65_HS1-834228961_62-HQ-83894_Section_6
Agency: FBI
Page 62
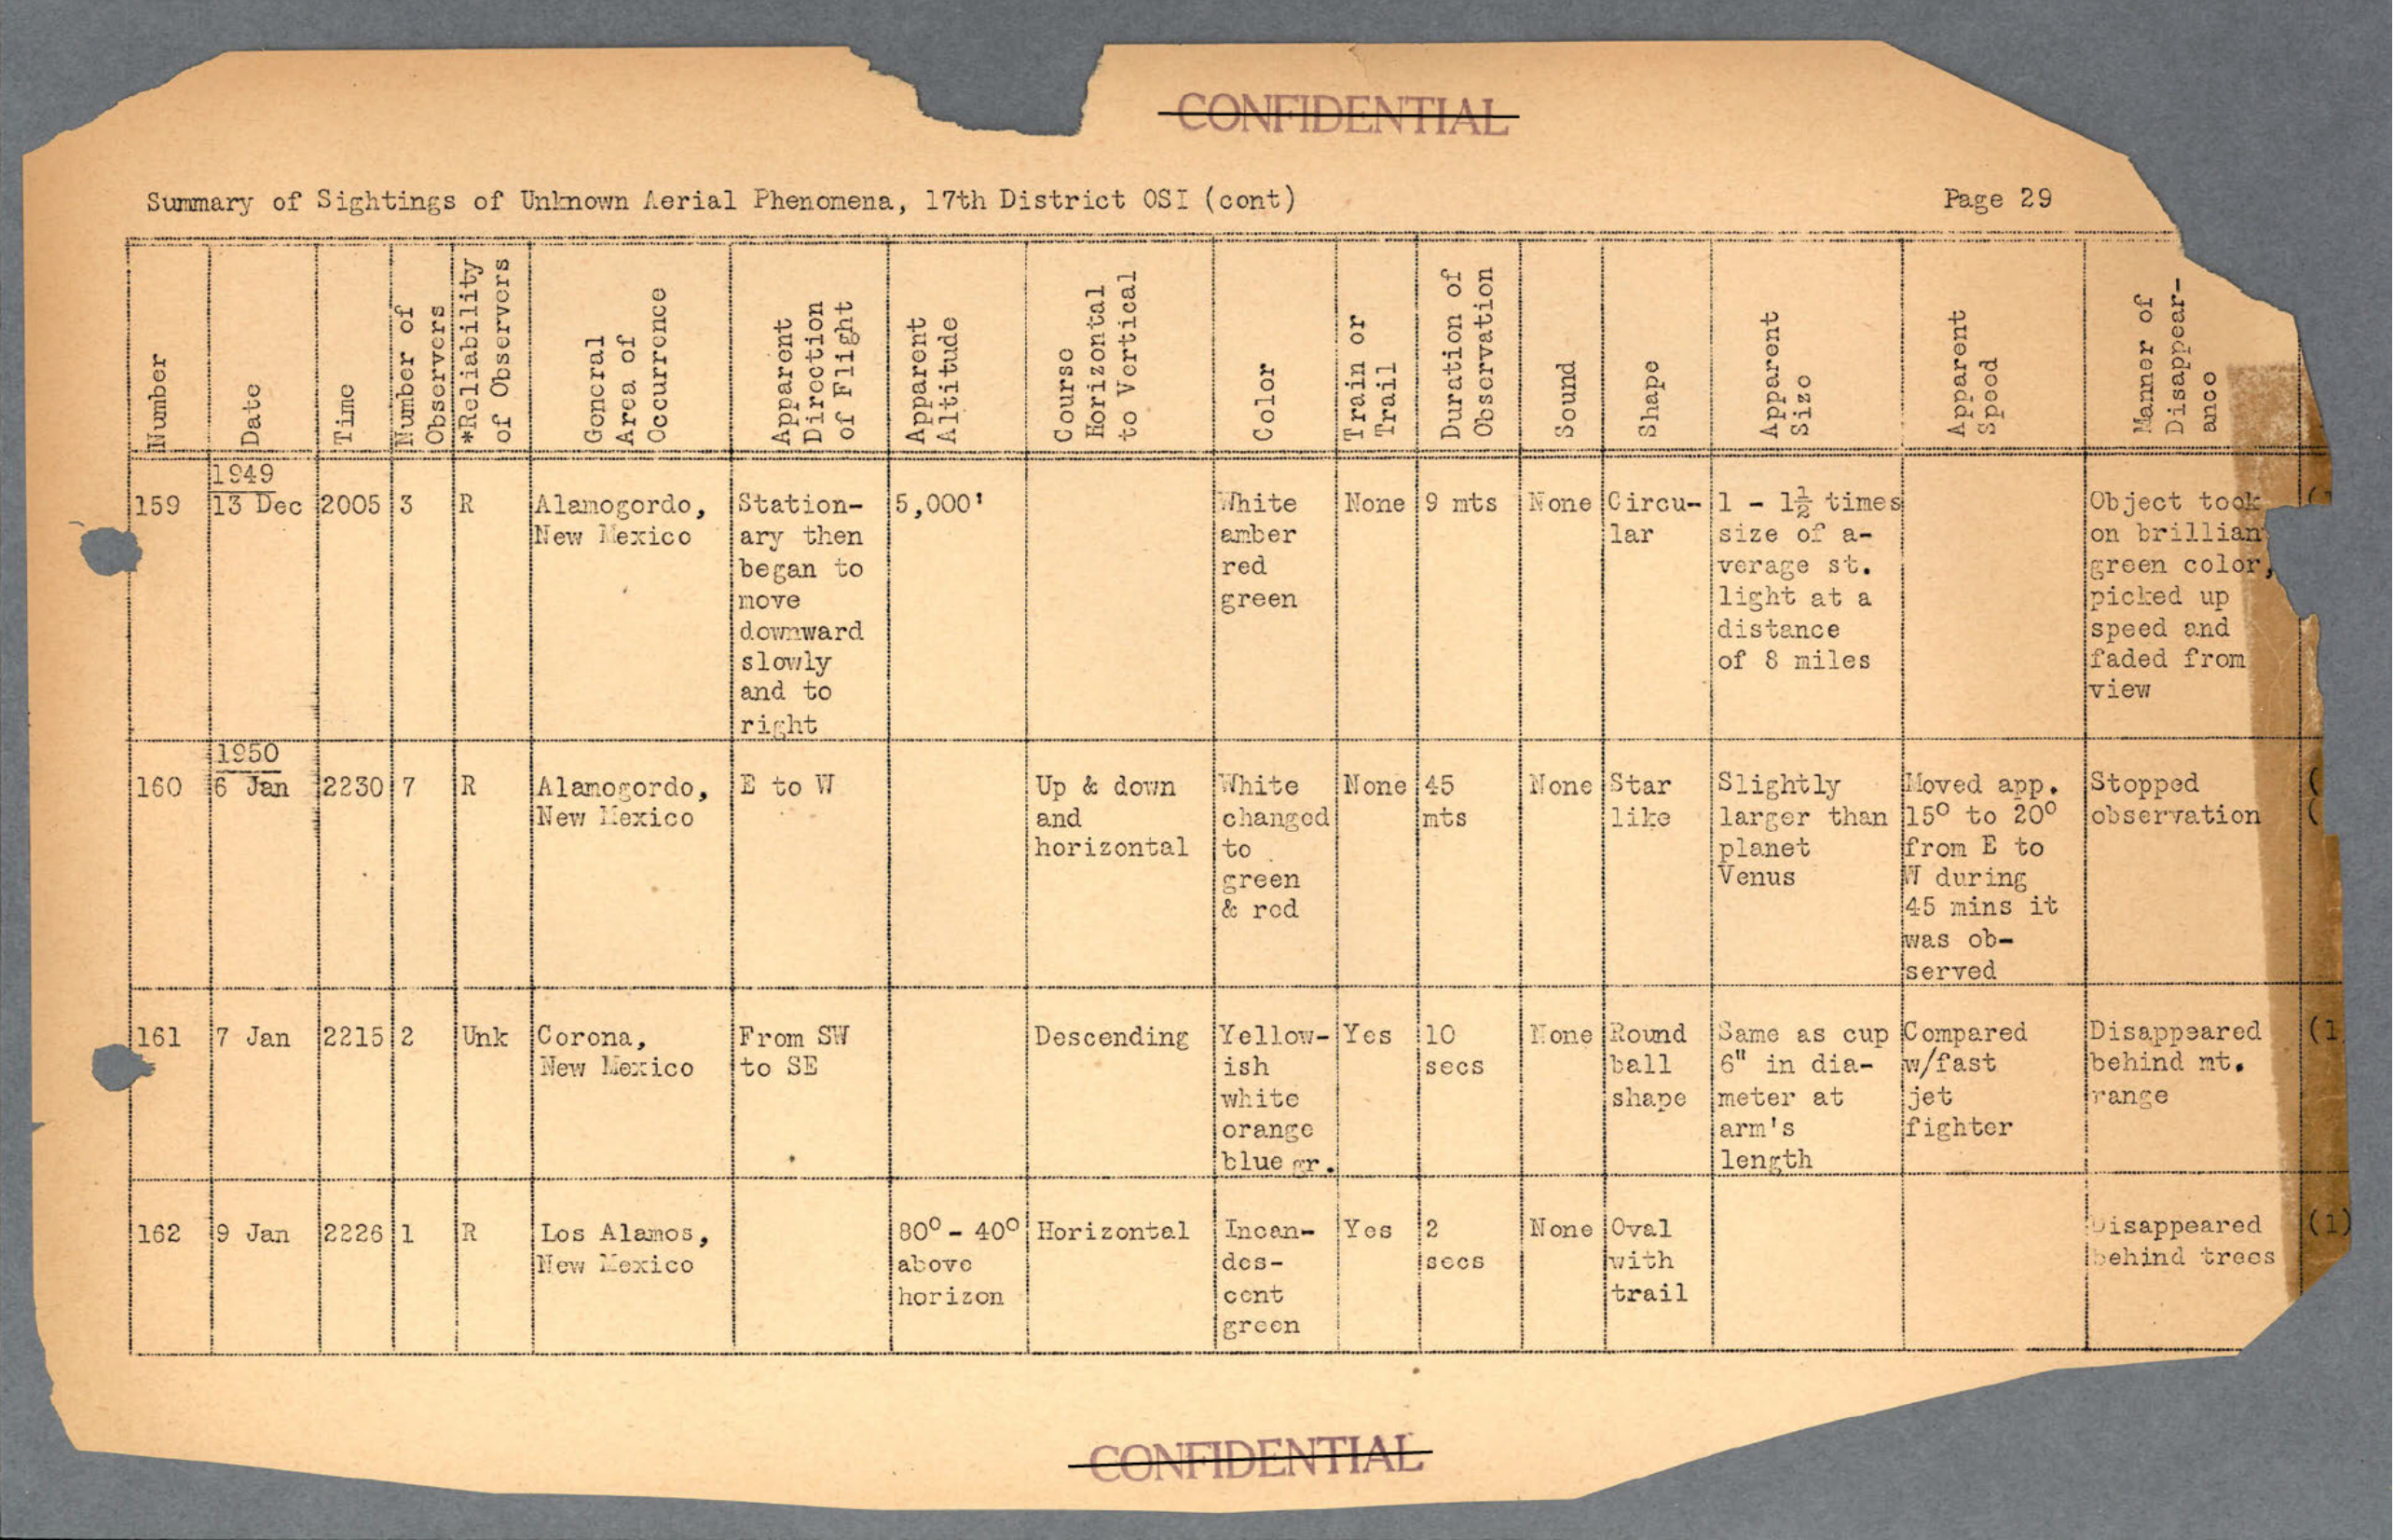